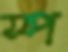
স্প